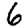
Digit: 6